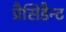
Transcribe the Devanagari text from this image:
प्रैसिडैन्ट